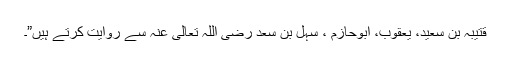
قتیبہ بن سعید، یعقوب، ابوحازم ، سہل بن سعد رضی اللہ تعالیٰ عنہ سے روایت کرتے ہیں”۔